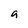
Character: a